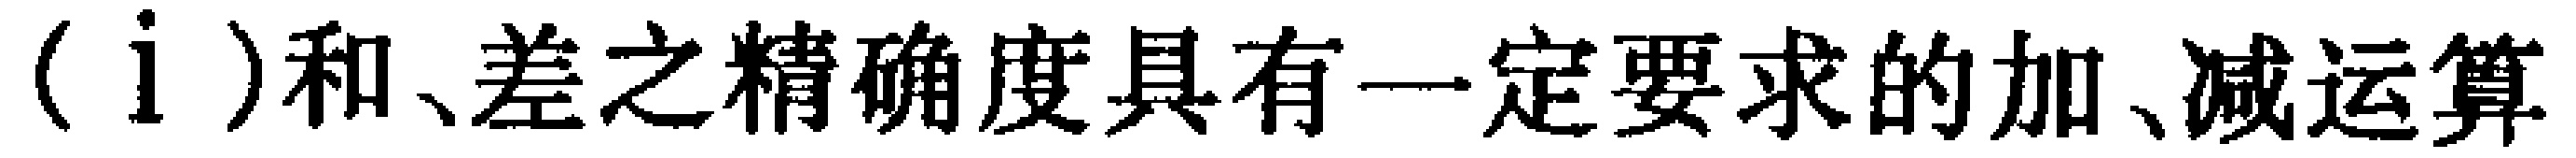
（i）和、差之精确度具有一定要求的加、减运算